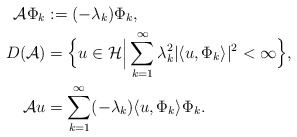
\begin{align*} {\cal A} \Phi_k &:= (-\lambda_k) \Phi_k, \\ D({\cal A}) &= \Big\{u \in {\cal H} \Big| \sum^\infty_{k =1} \lambda^2_k |\langle u, \Phi_k \rangle|^2 < \infty\Big\}, \\ {\cal A} u &= \sum^\infty_{k = 1} (-\lambda_k) \langle u, \Phi_k \rangle \Phi_k. \end{align*}